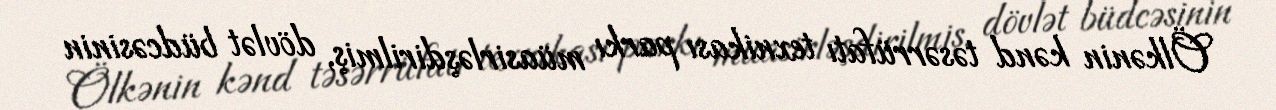
Ölkənin kənd təsərrüfatı texnikası parkı müasirləşdirilmiş, dövlət büdcəsinin